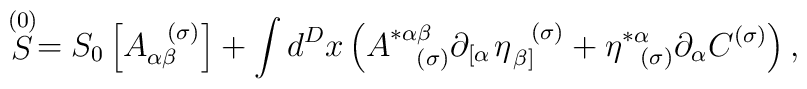
\stackrel{(0)}{S}=S_{0}\left[ A_{\alpha \beta }^{\;\;\;(\sigma )}\right]+\int d^{D}x\left( A_{\;\;\;\;(\sigma )}^{*\alpha \beta }\partial _{\left[\alpha \right. }\eta _{\left. \beta \right] }^{\;\;\;(\sigma )}+\eta_{\;\;\;(\sigma )}^{*\alpha }\partial _{\alpha }C^{(\sigma )}\right) ,